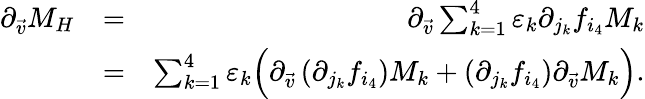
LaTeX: \begin{array}{rlr}{\partial_{\vec{v}}M_{H}}&{=}&{\partial_{\vec{v}}\sum_{k=1}^{4}\varepsilon_{k}\partial_{j_{k}}f_{i_{4}}M_{k}}\\ &{=}&{\sum_{k=1}^{4}\varepsilon_{k}\Big(\partial_{\vec{v}}\left(\partial_{j_{k}}f_{i_{4}}\right)M_{k}+\left(\partial_{j_{k}}f_{i_{4}}\right)\partial_{\vec{v}}M_{k}\Big).}\end{array}